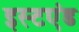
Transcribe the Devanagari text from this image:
इस्टएंड